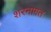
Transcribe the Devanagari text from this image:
शरनागत